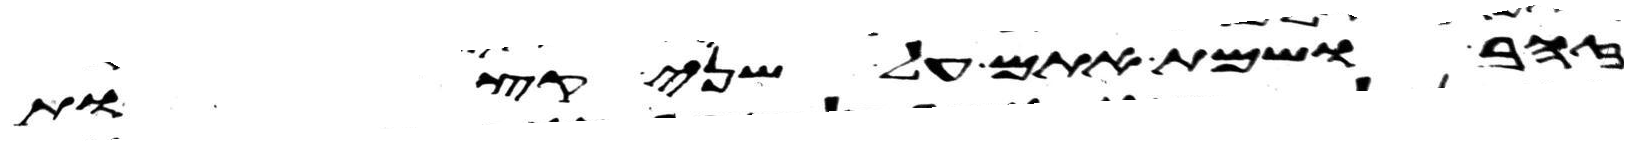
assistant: זהב ושמת אתם על שני קצות